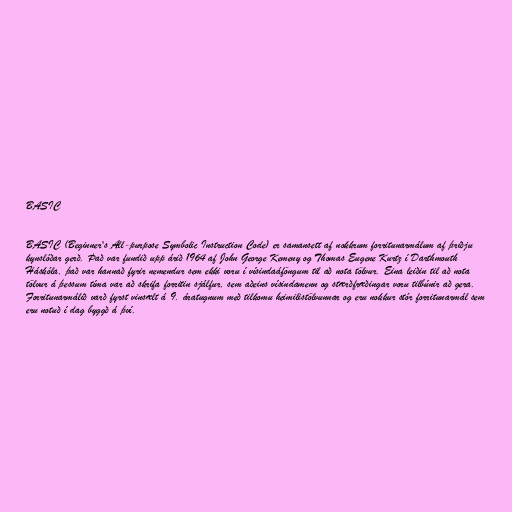
BASIC

BASIC (Beginner's All-purpose Symbolic Instruction Code) er samansett af nokkrum forritunarmálum af þriðju
kynslóðar gerð. Það var fundið upp árið 1964 af John George Kemeny og Thomas Eugene Kurtz í Darthmouth
Háskóla, það var hannað fyrir nemendur sem ekki voru í vísindaáföngum til að nota tölvur. Eina leiðin til að nota
tölvur á þessum tíma var að skrifa forritin sjálfur, sem aðeins vísindamenn og stærðfræðingar voru tilbúnir að gera.
Forritunarmálið varð fyrst vinsælt á 9. áratugnum með tilkomu heimilistölvunnar og eru nokkur stór forritunarmál sem
eru notuð í dag byggð á því.